Leaving Certificate Examination, 1916
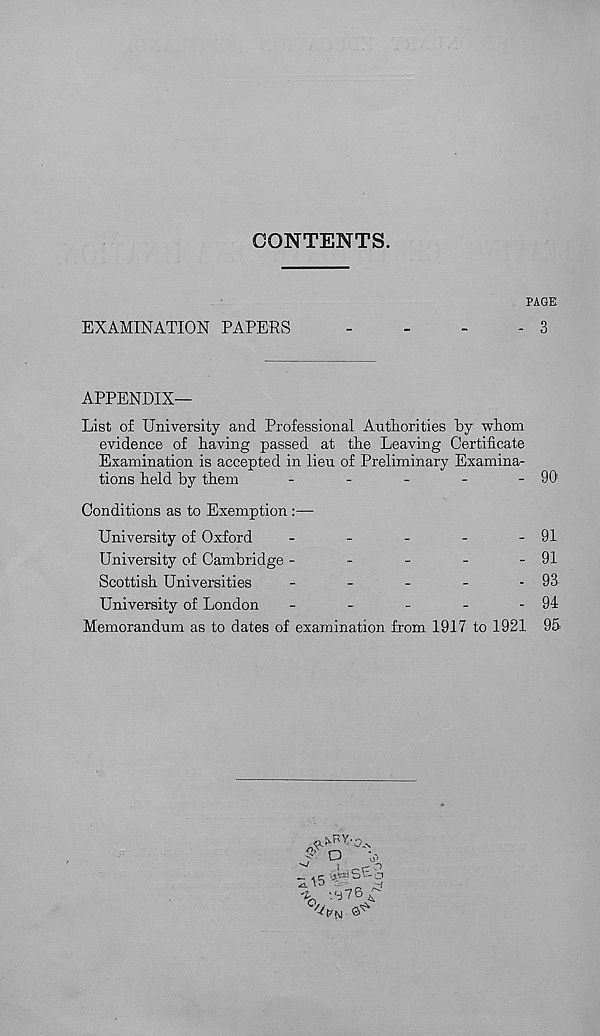
CONTENTS.
PAGE
EXAMINATION PAPERS
-
-
-
- 3
APPENDIX—
List of University and Professional Authorities "by whom
evidence of having passed at the Leaving Certificate
Examination is accepted in lien of Preliminary Examina-
tions held by them
-
-
-
-
- 90
Conditions as to Exemption :—
University of Oxford
-
-
-
-
- 91
University of Cambridge -
-
-
-
- 91
Scottish Universities
-
-
-
-
- 93
University of London
-
-
-
-
- 94
Memorandum as to dates of examination from 1917 to 1921 95